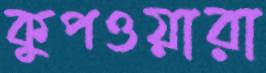
কুপওয়ারা